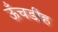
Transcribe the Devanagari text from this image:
ऊँचडीह